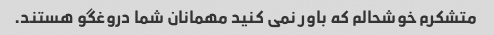
متشکرم خوشحالم که باور نمی کنید مهمانان شما دروغگو هستند.